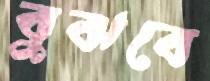
বুঝবে